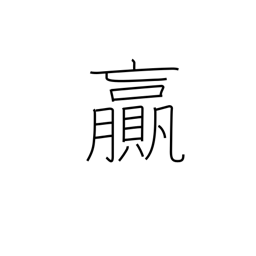
Meaning: surplus